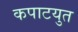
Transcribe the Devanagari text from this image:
कपाटयुत